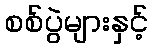
စစ်ပွဲများနှင့်